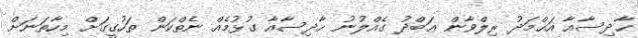
ޙާދިސާއާ އަޙްމަދު ރިލްވާން ޢަބްދު ގެއްލުނު ޙާދިސާއާ ގުޅުމެއް ނެތްކަން ތަހުގީގަށް މިހާތަނަށް